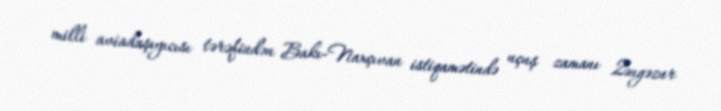
milli aviadaşıyıcısı tərəfindən Bakı-Naxçıvan istiqamətində uçuş zamanı Zəngəzur